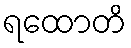
ရထောတိ